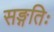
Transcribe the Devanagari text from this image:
सङ्गतिः